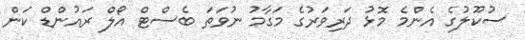
ސުކޫލުގެ އެންމެ މޮޅު ދަރިވަރުގެ މަގާމު ނުވަތަ ބެސްޓް އޯލް ރައުންޑް ކަން